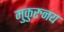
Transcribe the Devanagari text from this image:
मुकुरुनय